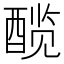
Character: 𬪯